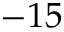
- 1 5